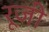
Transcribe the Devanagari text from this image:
रूजी